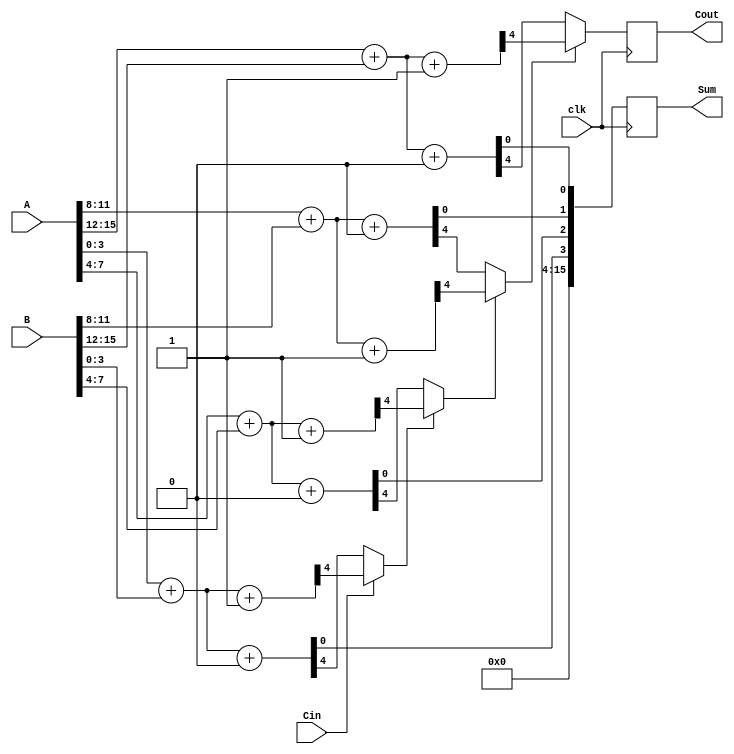
module pipelined_carry_select_adder #(parameter n = 16, parameter k = 4) (
    input [n-1:0] A,
    input [n-1:0] B,
    input Cin,
    input clk,
    output reg [n-1:0] Sum,
    output reg Cout
);

    localparam p = n / k; // Number of segments
    wire [k-1:0] sum0 [0:p-1]; // Sums with Cin = 0
    wire [k-1:0] sum1 [0:p-1]; // Sums with Cin = 1
    wire carry0 [0:p-1]; // Carry out with Cin = 0
    wire carry1 [0:p-1]; // Carry out with Cin = 1
    wire [p-1:0] carry_in; // Carry in for each segment
    wire [p-1:0] selected_sum [0:1]; // Selected sums based on carry_in
    wire [p-1:0] selected_carry; // Selected carry out based on carry_in

    // Generate sums and carries for each segment
    genvar i;
    generate
        for (i = 0; i < p; i = i + 1) begin : segment
            wire [k-1:0] A_segment = A[i*k +: k];
            wire [k-1:0] B_segment = B[i*k +: k];

            // Compute sums and carries for Cin = 0
            assign {carry0[i], sum0[i]} = A_segment + B_segment + 1'b0;
            // Compute sums and carries for Cin = 1
            assign {carry1[i], sum1[i]} = A_segment + B_segment + 1'b1;

            // Carry in for the next segment
            if (i == 0) begin
                assign carry_in[i] = Cin; // First segment uses external Cin
            end else begin
                assign carry_in[i] = selected_carry[i-1]; // Subsequent segments use selected carry
            end

            // Select the appropriate sum and carry based on carry_in
            assign selected_sum[0][i] = sum0[i];
            assign selected_sum[1][i] = sum1[i];
            assign selected_carry[i] = carry_in[i] ? carry1[i] : carry0[i];
        end
    endgenerate

    // Register to store the output
    always @(posedge clk) begin
        Sum <= {selected_sum[0][0], selected_sum[0][1], selected_sum[0][2], selected_sum[0][3]};
        Cout <= selected_carry[p-1];
    end

endmodule